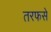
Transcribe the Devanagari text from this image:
तरफसे